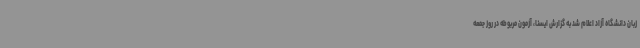
زبان دانشگاه آزاد اعلام شد به گزارش ایسنا، آزمون مربوطه در روز جمعه